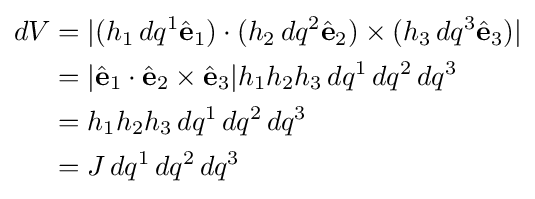
{\begin{aligned}dV&=|(h_{1}\,dq^{1}{\hat {\mathbf {e} }}_{1})\cdot (h_{2}\,dq^{2}{\hat {\mathbf {e} }}_{2})\times (h_{3}\,dq^{3}{\hat {\mathbf {e} }}_{3})|\\&=|{\hat {\mathbf {e} }}_{1}\cdot {\hat {\mathbf {e} }}_{2}\times {\hat {\mathbf {e} }}_{3}|h_{1}h_{2}h_{3}\,dq^{1}\,dq^{2}\,dq^{3}\\&=h_{1}h_{2}h_{3}\,dq^{1}\,dq^{2}\,dq^{3}\\&=J\,dq^{1}\,dq^{2}\,dq^{3}\end{aligned}}